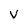
Character: V